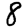
Digit: 8